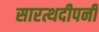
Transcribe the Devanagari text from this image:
सारत्थदीपनी